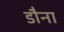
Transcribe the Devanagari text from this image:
डौना